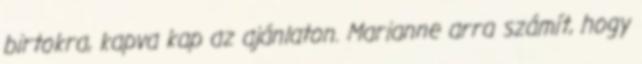
birtokra, kapva kap az ajánlaton. Marianne arra számít, hogy